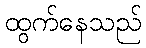
ထွက်နေသည်